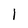
Character: 1